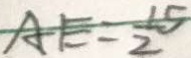
A E = \frac { 1 5 } { 2 }